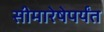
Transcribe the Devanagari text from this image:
सीमारेषेपर्यंत